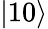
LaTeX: \left|10\right>